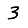
Digit: 3